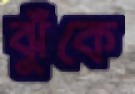
ঝুঁকে